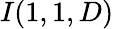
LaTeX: I(1,1,D)